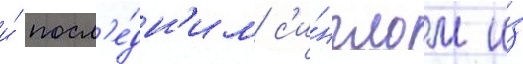
и́ посл'е́дн'им с'и́нглом и́з